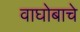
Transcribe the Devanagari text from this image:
वाघोबाचे